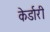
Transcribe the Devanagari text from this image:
केर्डारी